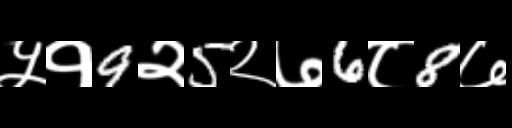
Text: ५१9२5२७6८8७